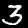
Digit: 3